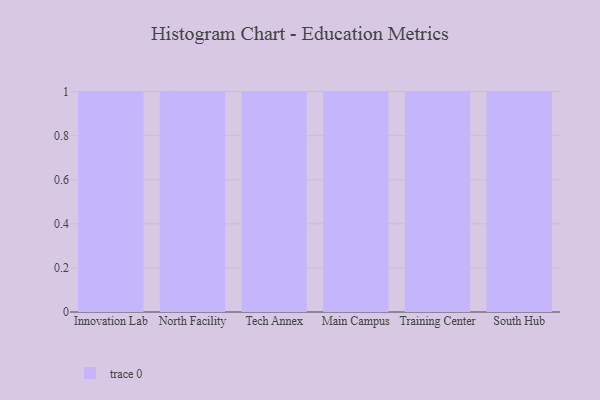
{"axis": {"x": "Campus", "y": "Tickets Resolved"}, "legend": [""], "data": [{"x": "Innovation Lab", "y": 44, "type": ""}, {"x": "North Facility", "y": 99, "type": ""}, {"x": "Tech Annex", "y": 62, "type": ""}, {"x": "Main Campus", "y": 28, "type": ""}, {"x": "Training Center", "y": 75, "type": ""}, {"x": "South Hub", "y": 65, "type": ""}]}